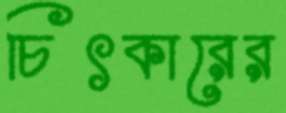
চিৎকারের